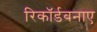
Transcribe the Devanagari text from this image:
रिकॉर्डबनाए